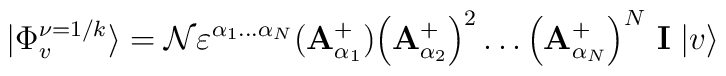
|\Phi _{v}^{\nu =1/k}\rangle ={\cal N} \varepsilon ^{\alpha _{1}\dots\alpha _{N}}({\bf A}{_{\alpha _{1}}^{+}})\Big({\bf A}_{\alpha_{2}}^{+}\Big)^{2}\dots\Big({\bf A}_{\alpha _{N}}^{+}\Big)^{N}\ {\bf I}\;|v\rangle